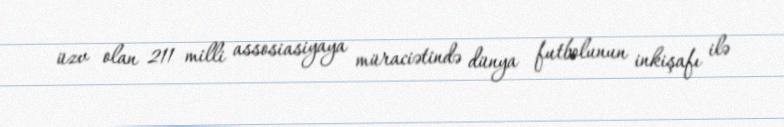
üzv olan 211 milli assosiasiyaya müraciətində dünya futbolunun inkişafı ilə